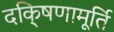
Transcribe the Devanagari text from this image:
दकि्षणामूर्ति